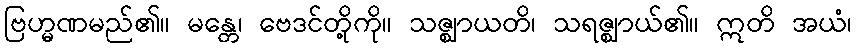
ဗြဟ္မဏမည်၏။ မန္တေ၊ ဗေဒင်တို့ကို။ သဇ္ဈာယတိ၊ သရဇ္ဈာယ်၏။ ဣတိ အယံ၊